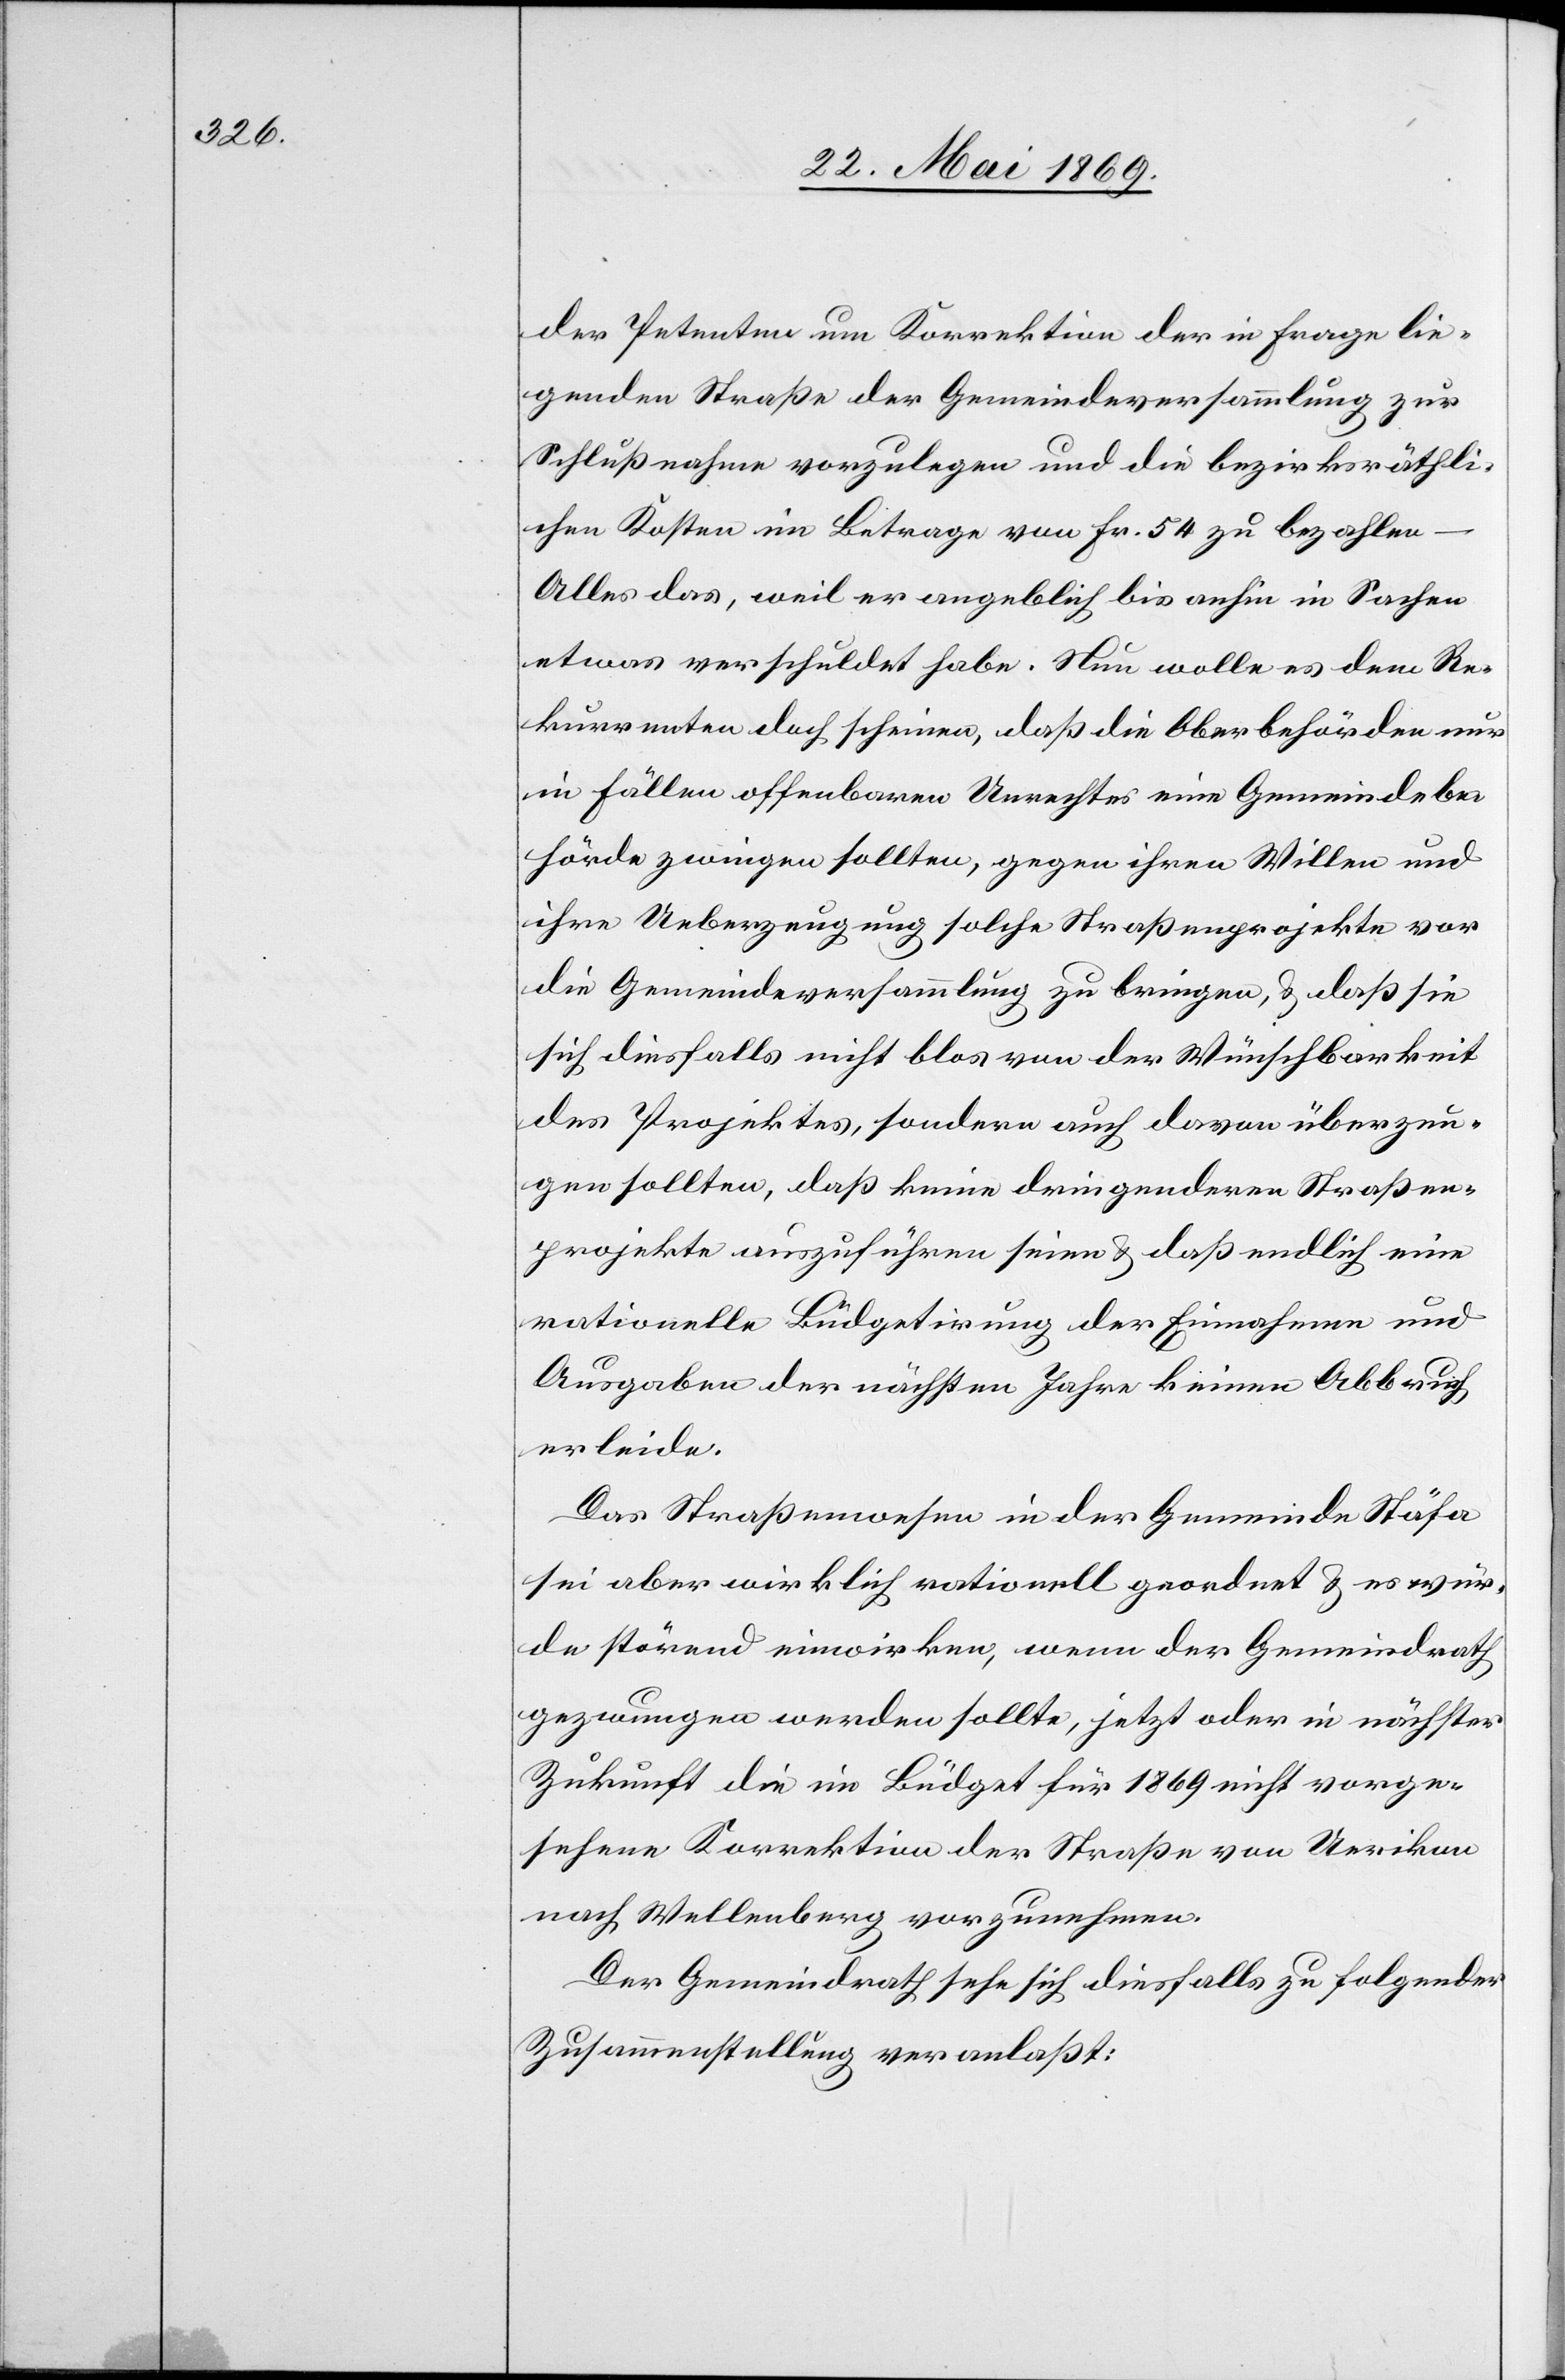
der Petenten um Korrektion der in Frage lie¬
genden Straße der Gemeindsversammlung zur
Schlußnahme vorzulegen und die bezirksräthli¬
chen Kosten im Betrage von Fr. 54 zu bezahlen
Alles das, weil er angeblich bis anhin in Sachen
etwas verschuldet habe. Nun wolle es dem Re¬
kurrenten doch scheinen, daß die Oberbehörden nur
in Fällen offenbaren Unrechtes eine Gemeindsbe¬
hörde zwingen sollten, gegen ihren Willen und
ihre Ueberzeugung solche Straßenprojekte vor
die Gemeindsversammlung zu bringen, u. daß sie
sich diesfalls nicht blos von der Wünschbarkeit
des Projektes, sondern auch davon überzeu¬
gen sollten, daß keine dringenderen Straßen¬
projekte auszuführen seien u. daß endlich eine
rationelle Büdgetirung der Einnahmen und
Ausgaben der nächsten Jahre keinen Abbruch
erleide.
Das Straßenwesen in der Gemeinde Stäfa
sei aber wirklich rationell geordnet u. es wür¬
de störend einwirken, wenn der Gemeindrath
gezwungen werden sollte, jetzt oder in nächster
Zukunft die im Büdget für 1869 nicht vorge¬
sehene Korrektion der Straße von Uerikon
nach Wellenberg vorzunehmen.
Der Gemeindrath sehe sich diesfalls zu folgender
Zusammenstellung veranlaßt: